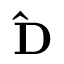
\mathbf { \hat { D } }